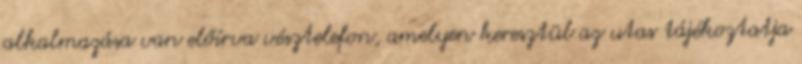
alkalmazása van előírva vésztelefon, amelyen keresztül az utas tájékoztatja